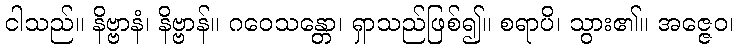
ငါသည်။ နိဗ္ဗာနံ၊ နိဗ္ဗာန်။ ဂဝေသန္တော၊ ရှာသည်ဖြစ်၍။ စရာပိ၊ သွား၏။ အဇ္ဇေဝ၊